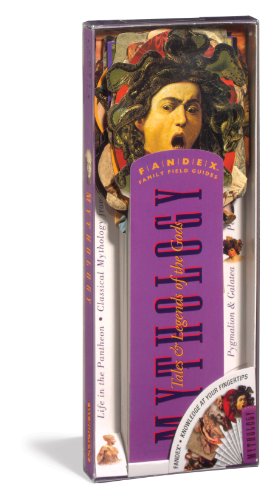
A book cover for Mythology: Tales & Legends of the Gods (Fandex Family Field Guides); Kathryn Petras; Reference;